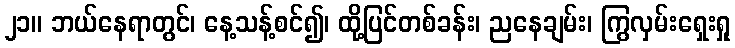
၂၁။ ဘယ်နေရာတွင်၊ နေ့သန့်စင်၍၊ ထို့ပြင်တစ်ခန်း၊ ညနေချမ်း၊ ကြွလှမ်းရှေးရှု